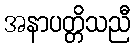
အနာပတ္တိသညီ